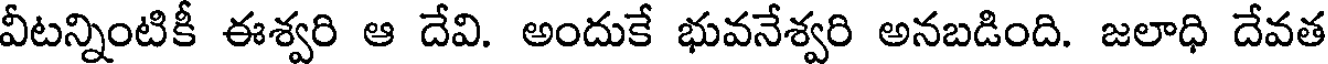
వీటన్నింటికీ ఈశ్వరి ఆ దేవి. అందుకే భువనేశ్వరి అనబడింది. జలాధి దేవత